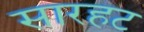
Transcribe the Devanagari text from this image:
सारहट